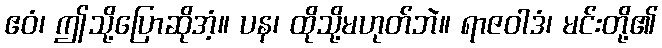
ဧဝံ၊ ဤသို့ပြောဆိုအံ့။ ပန၊ ထိုသို့မဟုတ်ဘဲ။ ရာဇဝါဒံ၊ မင်းတို့၏